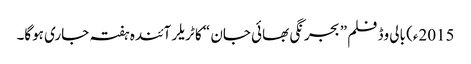
2015ء) بالی وڈ فلم ” بجرنگی بھائی جان “ کا ٹریلر آئندہ ہفتہ جاری ہوگا۔